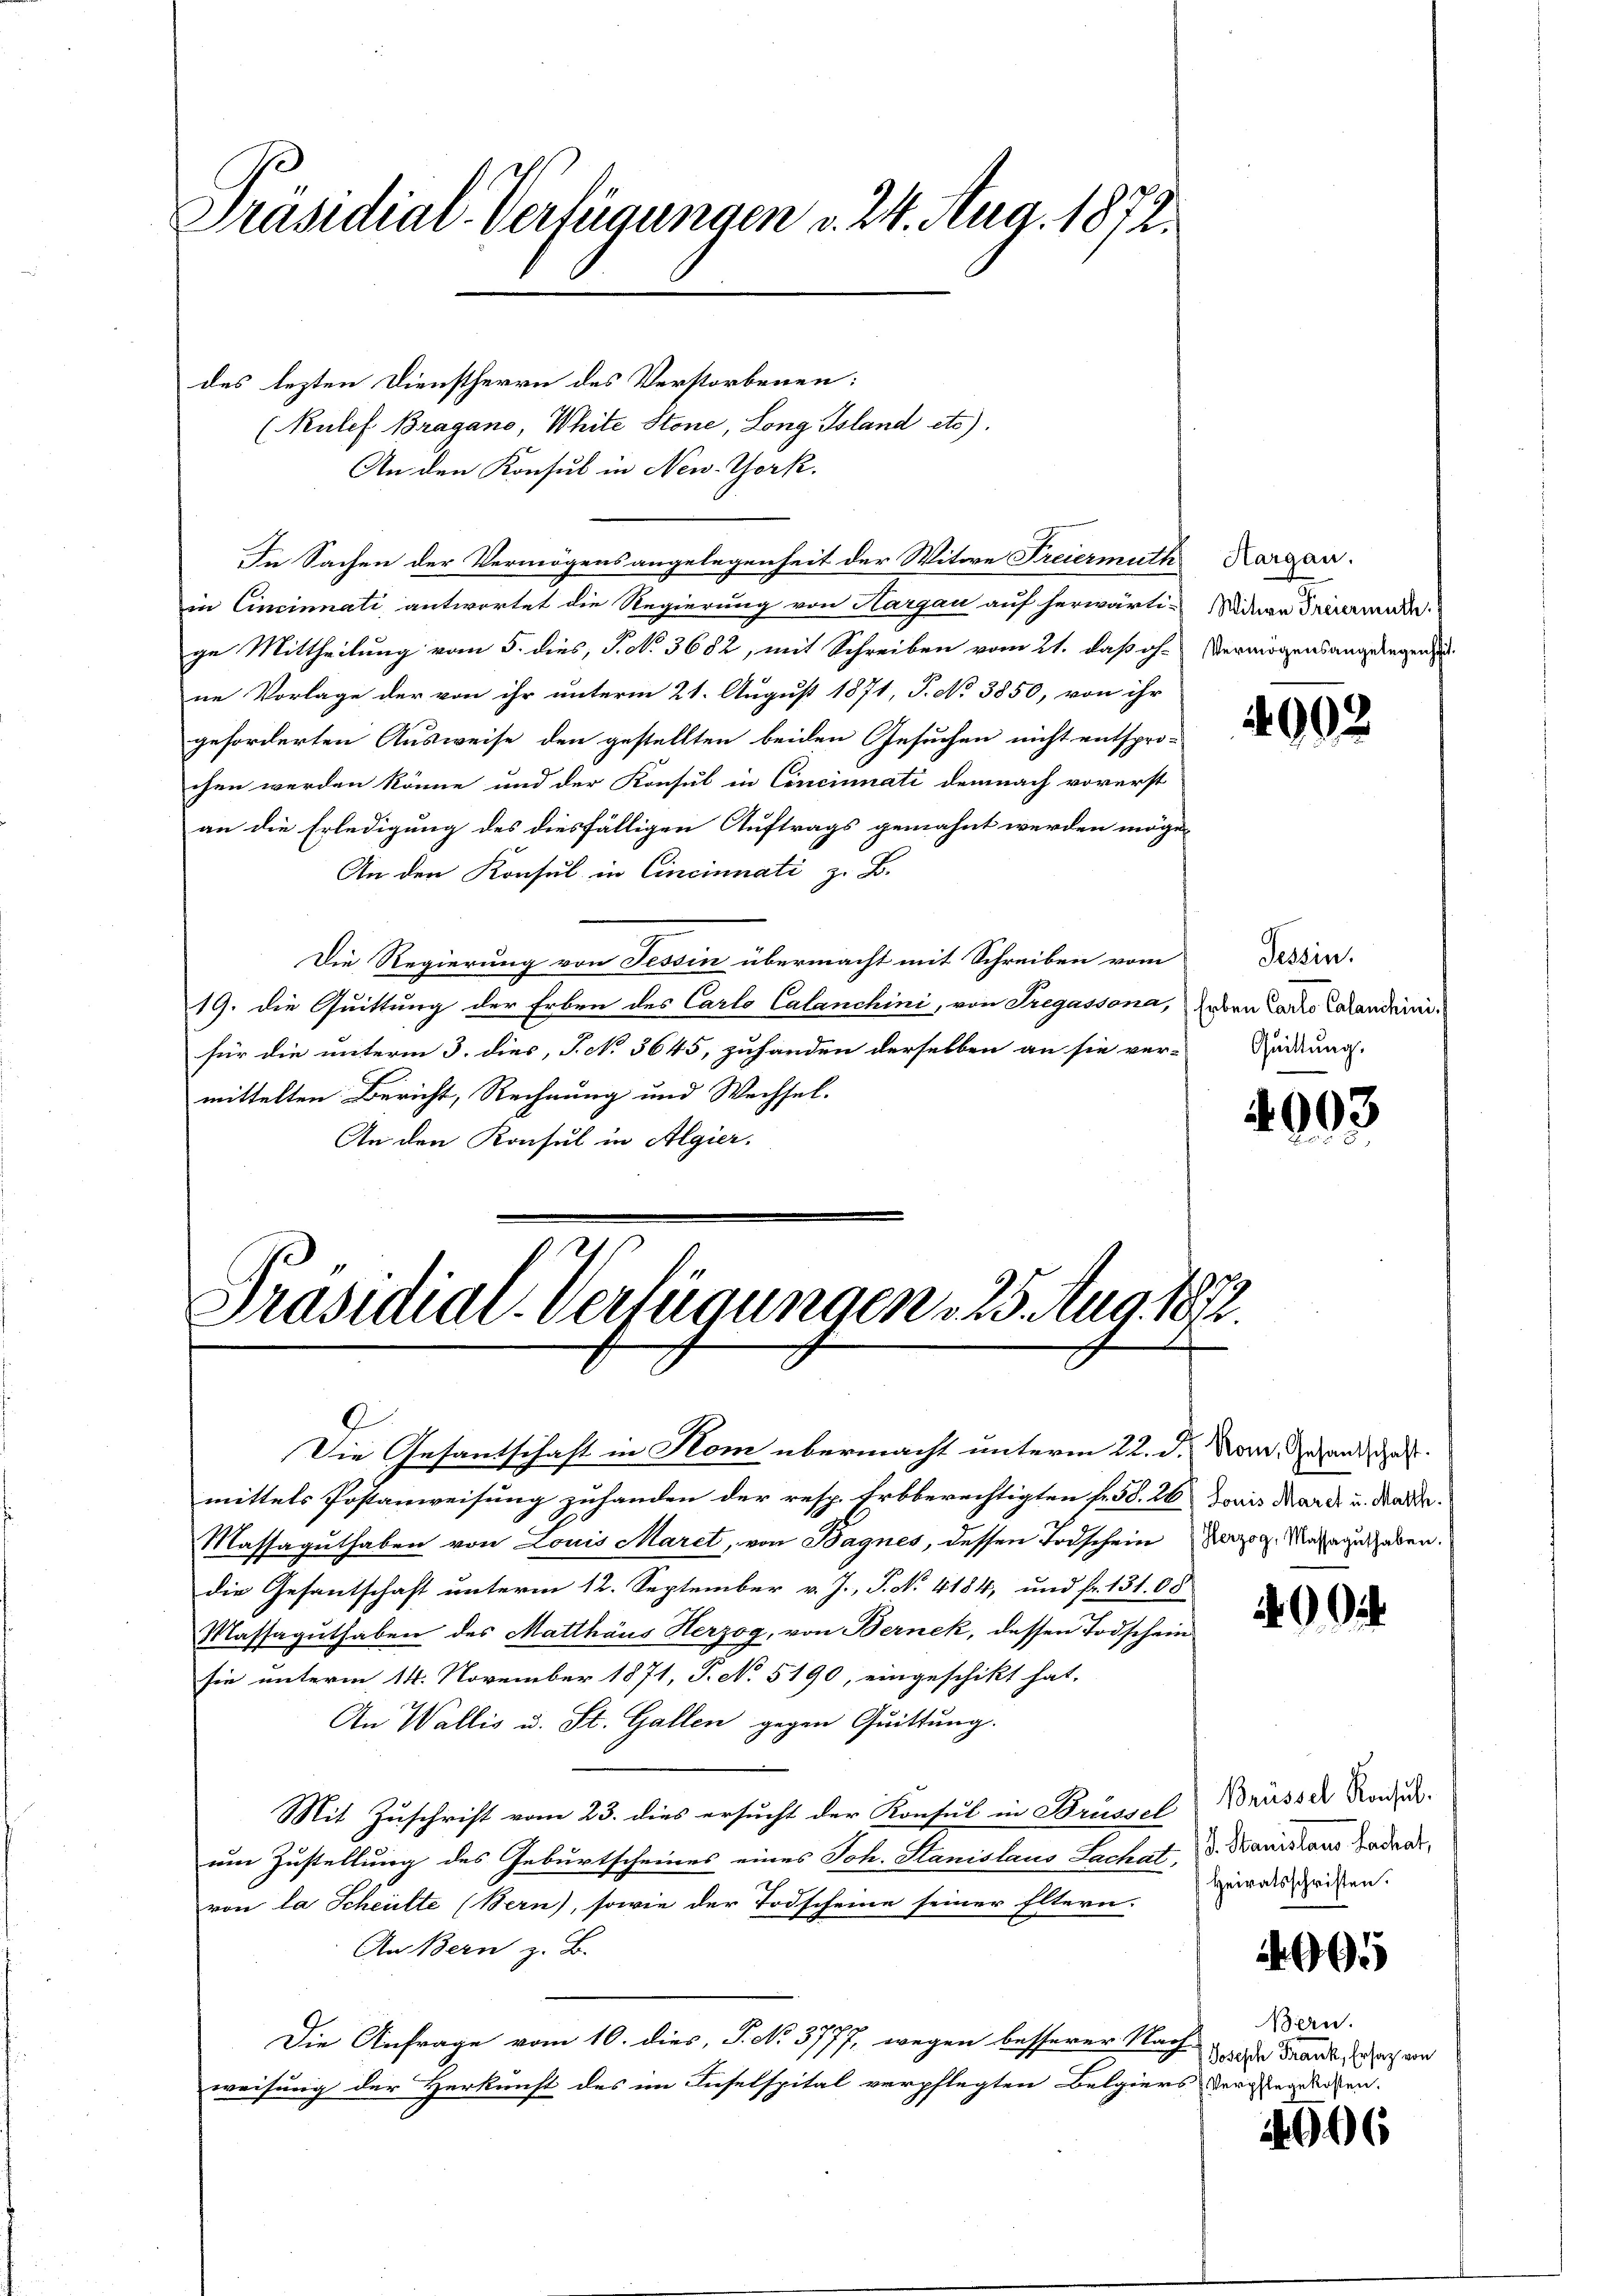
Präsidial-Verfügungen d. 24. Aug. 1872.

des lezten Dienstherrn des Verstorbenen:
(Nulef Bragano, White Stone, Long Island etc).
An den Konsul in New York.
In Sachen der Vermögensangelegenheit der Witwe Freiermuth Kargau.
in Cincinnati antwortet die Regierung von Hargau auf herwärti- Widere Freierman
ge Mittheilung vom 5. dies, P. No. 3682, mit Schreiben vom 21. daß oh- Vermögensangelegen
ne Vorlage der von ihr unterm 21. August 1871, P. No 3850, von ihr
geforderten Ausweise den gestellten beiden Gesuchen nicht entspro-
chen werden könne und der Konsul in Cincinati demnach vorerst
an die Erledigung des diesfälligen Auftrags gemahnt werden möge,
An den Konsul in Cincinnati z. B.
Die Regierung von Tessin übermacht mit Schreiben vom
19. die Quittung der Erben des Carlo Calanchini, von Fregassona, eben Carro Calandeinifür die unterm 3. dies, J. No 3645, zuhanden derselben an sie vermittelten Bericht, Rechnung und Wechsel.
An den Konsul in Algier.

Präsidial-Verfügungen, 25. Aug. 1873.

Die Gesantschaft in Hom übermacht unterm 22. d. Nov. Gesand de
mittels Postanweisung zuhanden der resp. Erbberechtigten fr. 58. 20 Doris Mark u. Marde.
Massaguthaben von Louis Maret, von Bagnes, dessen Todscheinung. Darausgaben.
die Gesantschaft unterm 12. September v. J., P. N. 4184, und fr. 131. 08
Massaguthaben des Matthäus Herzog, von Bernek, dessen Todschein
sie unterm 14. November 1871, P. No 5190, eingeschikt hat,
An Wallis u. St. Gallen gegen Quittung.
Mit Zuschrift vom 23. dies ersucht der Konsul in Brüssel Brüsser Rodu
um Zustellung des Geburtscheines eines Joh. Stanislaus Lachens d. Manislaus Badensvon la Scheilte (Bern), sowie der Todscheine seiner Eltern. Dardsgreifen.
An Bern z. B.
Die Anfrage vom 10. dies, P. No. 3777, wegen besserer Nach jede Frank, doch an
weisung der Herkunft des im Inselspital verpflegten Belgiers vergenderen.

4002

Tessin.
Quittung.

4003

00

695

Bern.

4606